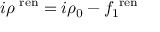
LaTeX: i \rho ^ { { \mathrm { \scriptsize ~ r e n } } } = i \rho _ { 0 } - f _ { 1 } ^ { { \mathrm { \scriptsize ~ r e n } } }